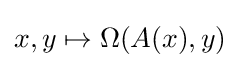
x,y\mapsto \Omega (A(x),y)